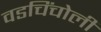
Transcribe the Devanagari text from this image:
वडचिंचोली